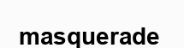
masquerade